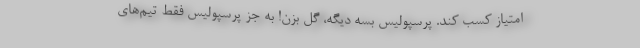
امتیاز کسب کند. پرسپولیس بسه دیگه، گل بزن! به جز پرسپولیس فقط تیم‌های